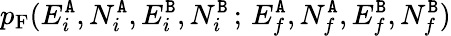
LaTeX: p_{\mathrm{F}}(E_{i}^{{\tt A}},N_{i}^{{\tt A}},E_{i}^{{\tt B}},N_{i}^{{\tt B}}\, ;\, E_{f}^{{\tt A}},N_{f}^{{\tt A}},E_{f}^{{\tt B}},N_{f}^{{\tt B}})